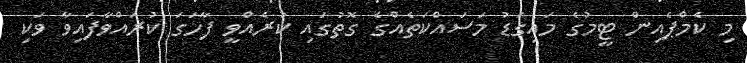
މި ކެމްޕެއިން ޓީމުގެ މައިގަޑު މަސައްކަތެއްގެ ގޮތުގައި ކުރެއްވީ ފާހަގަ ކުރައްވާފައިވާ ވަކި